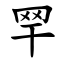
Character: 䍑